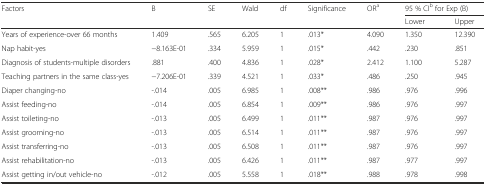
<table><thead><tr><td><b>Factors</b></td><td><b>B</b></td><td><b>SE</b></td><td><b>Wald</b></td><td><b>df</b></td><td><b>Significance</b></td><td><b>OR<sup>a</sup></b></td><td colspan="2"><b>95 % CI<sup>b</sup> for Exp (B)</b></td></tr><tr><td></td><td></td><td></td><td></td><td></td><td></td><td></td><td><b>Lower</b></td><td><b>Upper</b></td></tr></thead><tbody><tr><td>Years of experience-over 66 months</td><td>1.409</td><td>.565</td><td>6.205</td><td>1</td><td>.013*</td><td>4.090</td><td>1.350</td><td>12.390</td></tr><tr><td>Nap habit-yes</td><td>−8.163E-01</td><td>.334</td><td>5.959</td><td>1</td><td>.015*</td><td>.442</td><td>.230</td><td>.851</td></tr><tr><td>Diagnosis of students-multiple disorders</td><td>.881</td><td>.400</td><td>4.836</td><td>1</td><td>.028*</td><td>2.412</td><td>1.100</td><td>5.287</td></tr><tr><td>Teaching partners in the same class-yes</td><td>−7.206E-01</td><td>.339</td><td>4.521</td><td>1</td><td>.033*</td><td>.486</td><td>.250</td><td>.945</td></tr><tr><td>Diaper changing-no</td><td>-.014</td><td>.005</td><td>6.985</td><td>1</td><td>.008**</td><td>.986</td><td>.976</td><td>.996</td></tr><tr><td>Assist feeding-no</td><td>-.014</td><td>.005</td><td>6.854</td><td>1</td><td>.009**</td><td>.986</td><td>.976</td><td>.997</td></tr><tr><td>Assist toileting-no</td><td>-.013</td><td>.005</td><td>6.499</td><td>1</td><td>.011**</td><td>.987</td><td>.976</td><td>.997</td></tr><tr><td>Assist grooming-no</td><td>-.013</td><td>.005</td><td>6.514</td><td>1</td><td>.011**</td><td>.987</td><td>.976</td><td>.997</td></tr><tr><td>Assist transferring-no</td><td>-.013</td><td>.005</td><td>6.508</td><td>1</td><td>.011**</td><td>.987</td><td>.976</td><td>.997</td></tr><tr><td>Assist rehabilitation-no</td><td>-.013</td><td>.005</td><td>6.426</td><td>1</td><td>.011**</td><td>.987</td><td>.977</td><td>.997</td></tr><tr><td>Assist getting in/out vehicle-no</td><td>-.012</td><td>.005</td><td>5.558</td><td>1</td><td>.018**</td><td>.988</td><td>.978</td><td>.998</td></tr></tbody></table>